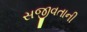
સજીવતાની